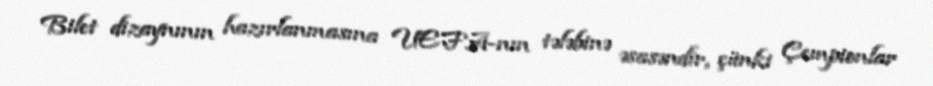
Bilet dizaynının hazırlanmasına UEFA-nın tələbinə əsasəndir, çünki Çempionlar